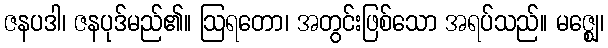
ဇနပဒါ၊ ဇနပုဒ်မည်၏။ ဩရတော၊ အတွင်းဖြစ်သော အရပ်သည်။ မဇ္ဈေ၊